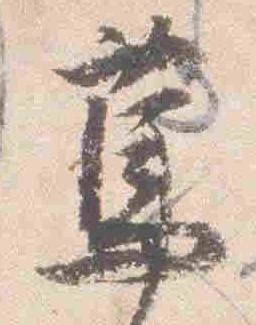
篤